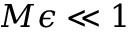
M \epsilon \ll 1